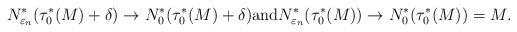
\begin{align*}N^*_{\varepsilon_n}(\tau_0^*(M)+\delta) \to N_0^*(\tau_0^*(M)+\delta) \mbox{and} N_{\varepsilon_n}^*(\tau_0^*(M)) \to N_0^*(\tau_0^*(M))=M.\end{align*}